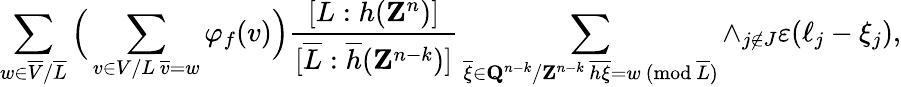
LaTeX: \sum_{w\in\overline{{V}}/\overline{{L}}}\Big(\sum_{\substack{v\in V/L\, \overline{{v}}=w}}\varphi_{f}(v)\Big)\frac{[L:h(\mathbf{Z}^{n})]}{[\overline{{L}}:\overline{{h}}(\mathbf{Z}^{n-k})]}\sum_{\substack{\overline{{\xi}}\in\mathbf{Q}^{n-k}/\mathbf{Z}^{n-k}\, \overline{{h}}\overline{{\xi}}=w\ (\mathrm{mod}\ \overline{{L}})}}\wedge_{j\notin J}\varepsilon(\ell_{j}-\xi_{j}),